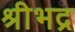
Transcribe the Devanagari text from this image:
श्रीभद्र